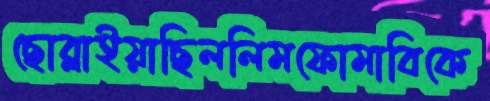
ছোব্‌লাইয়াছিললিমফোমাবিকে